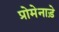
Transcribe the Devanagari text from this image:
प्रोमेनाड़े